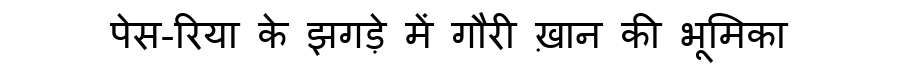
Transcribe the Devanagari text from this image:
पेस-रिया के झगड़े में गौरी ख़ान की भूमिका